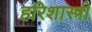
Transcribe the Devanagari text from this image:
हरिशास्त्री